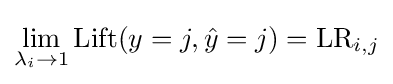
\lim _{\lambda _{i}\to 1}\mathrm {Lift} (y=j,{\hat {y}}=j)=\mathrm {LR} _{i,j}